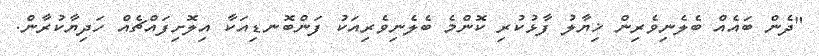
"ދެން ބައެއް ބެލެނިވެރިން ޚިޔާލު ފާޅުކުރި ކޮންމެ ބެލެނިވެރިއަކު ފަންބޮނޑިއަކާ އިލޮށިފައްޗެއް ހަދިޔާކުރާން.